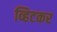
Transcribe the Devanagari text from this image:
व्हिटकर